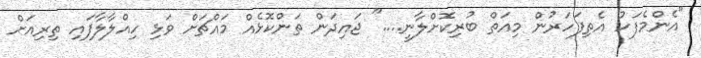
"އެންމެފަހު އެތިފަހަރުން މިއަތް ބުރިކޮށްލާނީ...." ޖައިދަން ތަންކޮޅެއް މައްޗަށް ވަޅި ހިއްލާލާފައި ތިރިއަށް